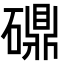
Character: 𬒤